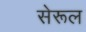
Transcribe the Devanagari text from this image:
सेरूल